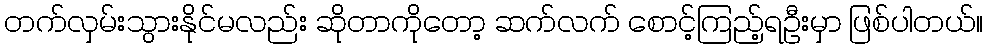
တက်လှမ်းသွားနိုင်မလည်း ဆိုတာကိုတော့ ဆက်လက် စောင့်ကြည့်ရဦးမှာ ဖြစ်ပါတယ်။